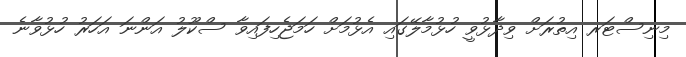
މިނިސްޓަރ އިތުރަށް ވިދާޅުވީ ހުޅުމާލޭގައި އެޅުމަށް ހަމަޖެހިފައިވާ ސްކޫލު އަންނަ އަހަރު ހުޅުވާނެ